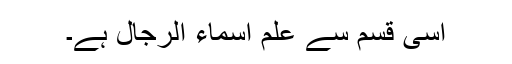
اسی قسم سے علمِ اسماء الرجال ہے۔